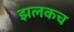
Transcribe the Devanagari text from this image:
झलकच